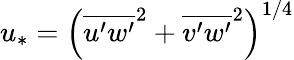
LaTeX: u_{*}={\left(\overline{{u^{\prime}w^{\prime}}}^{2}+\overline{{v^{\prime}w^{\prime}}}^{2}\right)}^{1/4}